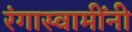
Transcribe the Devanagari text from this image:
रंगास्वामींनी